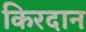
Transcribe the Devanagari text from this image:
किरदान